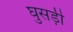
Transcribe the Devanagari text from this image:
घुसड़ी